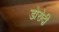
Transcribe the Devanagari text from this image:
डोरोदी